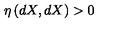
\eta \left( d X , d X \right) > 0